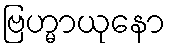
ဗြဟ္မာယုနော